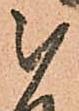
被